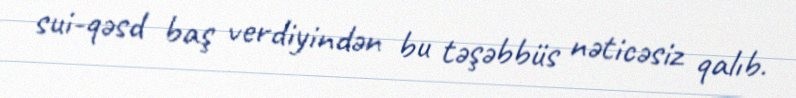
sui-qəsd baş verdiyindən bu təşəbbüs nəticəsiz qalıb.